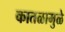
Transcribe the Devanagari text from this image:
कातळामुळे